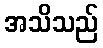
အသိသည်